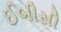
ઈબીસી